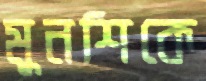
মুনশিকে